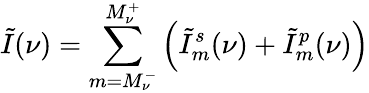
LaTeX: \tilde{I}(\nu)=\sum_{m=M_{\nu}^{-}}^{M_{\nu}^{+}}\left(\tilde{I}_{m}^{s}(\nu)+\tilde{I}_{m}^{p}(\nu)\right)